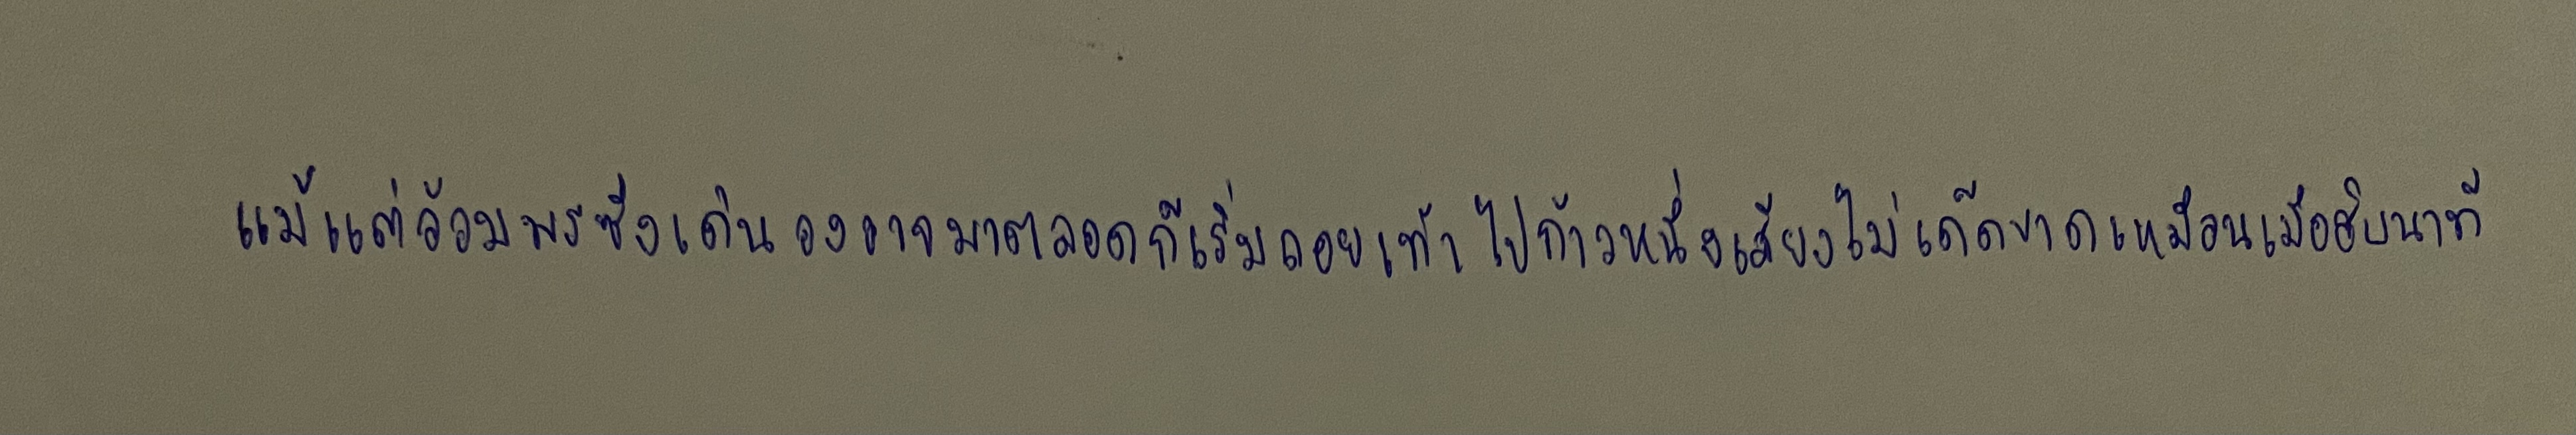
แม้แต่อ้อมพรซึ่งเดินองอาจมาตลอดก็เริ่มถอยเท้าไปก้าวหนึ่งเสียงไม่เด็ดขาดเหมือนเมื่อสิบนาที